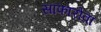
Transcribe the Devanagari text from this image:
साफारोवा